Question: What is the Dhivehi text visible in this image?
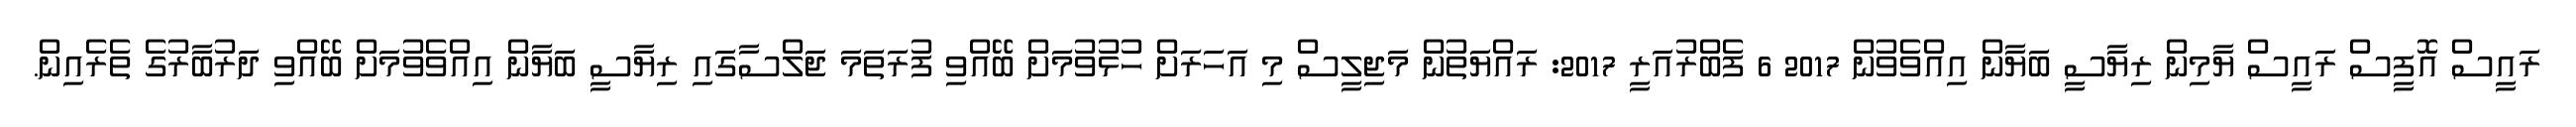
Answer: ރައީސް އޮފީސް ރައީސް ޔާމިން ރިޔާސީ ބަޔާން އިއްވެވުން 2017 6 ފެބްރުއަރީ 2017: ރައްޔަތުން މަޖިލީސް މި އަހަރަށް ހުޅުވުމަށް ބޭއްވި ފުރަތަމަ ޖަލްސާގައި ރިޔާސީ ބަޔާން އިއްވެވުމަށް ބޭއްވި ދަރުބާރުގެ ތެރެއިން.